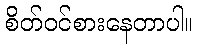
စိတ်ဝင်စားနေတာပါ။